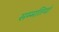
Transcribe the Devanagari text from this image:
सम्मतियां